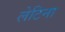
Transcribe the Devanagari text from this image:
लेटिना